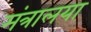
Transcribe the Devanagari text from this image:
मंत्रालया